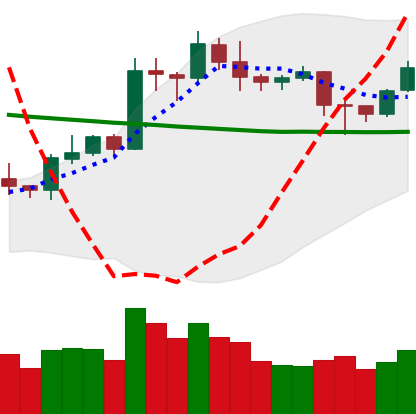
Ticker: LTC-USD
Chart end date: 2020-01-27
Forward return: 20.517%
Label: up_7plus